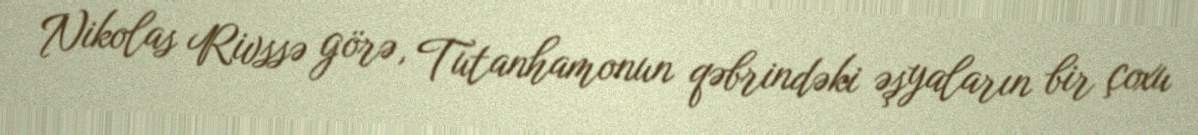
Nikolas Rivssə görə, Tutanhamonun qəbrindəki əşyaların bir çoxu